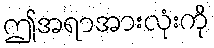
ဤအရာအားလုံးကို